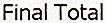
FINAL TOTAL